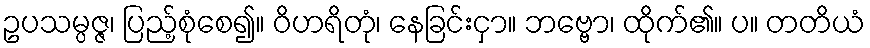
ဥပသမ္ပဇ္ဇ၊ ပြည့်စုံစေ၍။ ဝိဟရိတုံ၊ နေခြင်းငှာ။ ဘဗ္ဗော၊ ထိုက်၏။ ပ။ တတိယံ